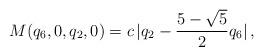
LaTeX: \begin{align*}M({q_6,0,q_2,0})=c \, |q_2 -\frac{5-\sqrt{5}}{2} q_6| \, ,\end{align*}